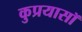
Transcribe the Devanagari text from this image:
कुप्रयासॉ